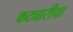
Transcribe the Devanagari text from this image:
कट्यारीचा